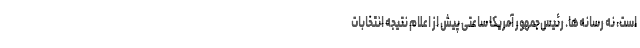
است، نه رسانه‌ها. رئیس‌جمهور آمریکا ساعتی پیش از اعلام نتیجه انتخابات